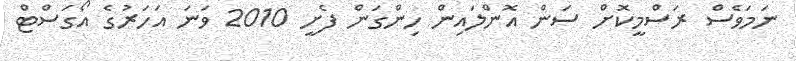
ނަމަވެސް ރަސްމީކޮށް ސަން އޮންލައިން ހިންގަން ފެށީ 2010 ވަނަ އަހަރުގެ އޯގަސްޓް